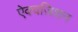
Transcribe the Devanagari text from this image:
ऐक्वज़िशन